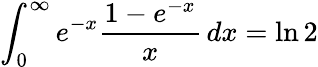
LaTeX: \int_{0}^{\infty}e^{-x}{\frac{1-e^{-x}}{x}}\, dx=\ln 2